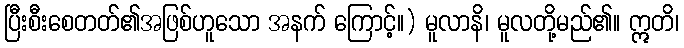
ပြီးစီးစေတတ်၏အဖြစ်ဟူသော အနက် ကြောင့်။) မူလာနိ၊ မူလတို့မည်၏။ ဣတိ၊